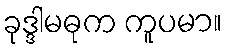
ခုဒ္ဒါမဓုက ကူပမာ။